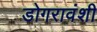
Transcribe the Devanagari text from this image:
डोगरावंशी